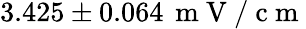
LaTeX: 3.425\pm 0.064\, \mathrm{~m~V~/~c~m~}